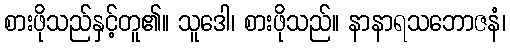
စားဖိုသည်နှင့်တူ၏။ သူဒေါ၊ စားဖိုသည်။ နာနာရသဘောဇနံ၊